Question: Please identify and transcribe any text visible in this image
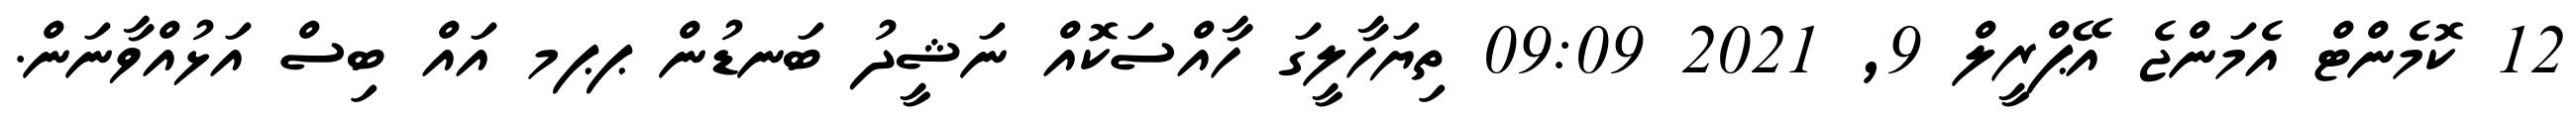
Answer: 12 ކޮމެންޓް އެމަންޖެ އޭޕްރީލް 9, 2021 09:09 ތިޔަހާލީގަ ހާއްސަކޮއް ނަޝީދު ބަނޑުން ޕޕމ އައް ބިސް އަޅުއްވާނަން.